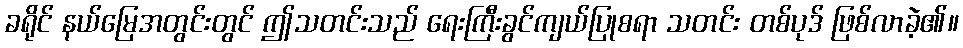
ခရိုင် နယ်မြေအတွင်းတွင် ဤသတင်းသည် ရေးကြီးခွင်ကျယ်ပြုစရာ သတင်း တစ်ပုဒ် ဖြစ်လာခဲ့၏။